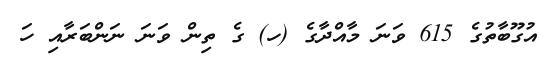
އުގޫބާތުގެ 615 ވަނަ މާއްދާގެ (ހ) ގެ ތިން ވަނަ ނަންބަރާއި ހަ